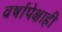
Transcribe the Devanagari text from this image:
वर्षापेक्षाही